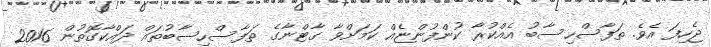
ޖެހިފަ އެވެ. ތަފާސްހިސާބު އެއްކުރާ ކުންފުންޏެއް ކަމަށްވާ ގާޓްނާގެ ތަފާސްހިސާބުތައް ދައްކާގޮތުން 2016